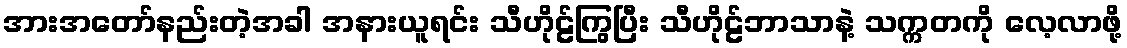
အားအတော်နည်းတဲ့အခါ အနားယူရင်း သီဟိုဠ်ကြွပြီး သီဟိုဠ်ဘာသာနဲ့ သက္ကတကို လေ့လာဖို့